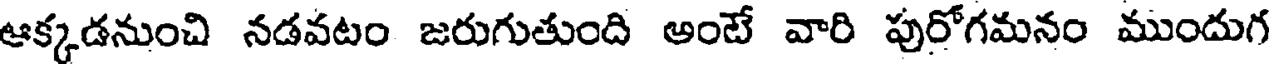
ఆక్కడనుంచి నడవటం జరుగుతుంది అంటే వారి పురోగమనం ముందుగ